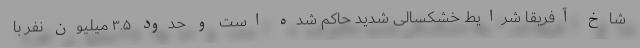
شاخ آفریقا شرایط خشکسالی شدید حاکم شده است و حدود ۳.۵ میلیون نفر با